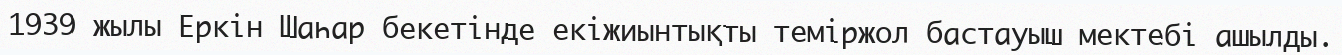
1939 жылы Еркін Шаһар бекетінде екіжиынтықты теміржол бастауыш мектебі ашылды.